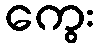
ကွေး